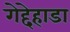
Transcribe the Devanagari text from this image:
गेद्देहाडा